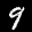
Label: 9